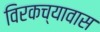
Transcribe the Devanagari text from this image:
विरकच्यावास